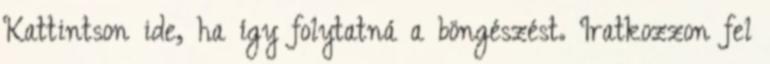
Kattintson ide, ha így folytatná a böngészést. Iratkozzon fel